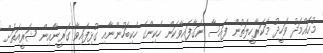
މުހައްމަދު ވަހީދު މަކަރާހީލަތުން ފައިސާ ނަގާފައިވާކަން ހެކިންގެ ހެކިބަހުންނާއި ގުޅިފައިވާ ގަރީނާއިން ޝަރީއަތަށް